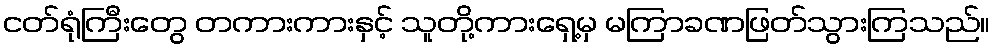
ငတ်ရုံကြီးတွေ တကားကားနှင့် သူတို့ကားရှေ့မှ မကြာခဏဖြတ်သွားကြသည်။